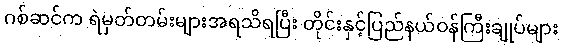
ဂစ်ဆင်က ရဲမှတ်တမ်းများအရသိရပြီး တိုင်းနှင့်ပြည်နယ်ဝန်ကြီးချုပ်များ